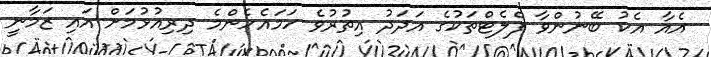
އެއާ އެކު ބޭނުންވާ ފްލެޓްތަކުގެ އަދަދު އިތުރުވެ ހަމައެހެންމެ ދިރިއުޅުމަށް އައި ޒަމާނީ